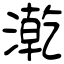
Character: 漧